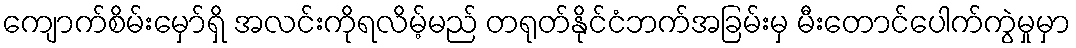
ကျောက်စိမ်းမှော်ရှိ အလင်းကိုရလိမ့်မည် တရုတ်နိုင်ငံဘက်အခြမ်းမှ မီးတောင်ပေါက်ကွဲမှုမှာ